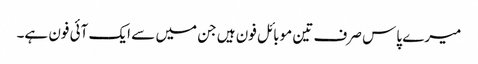
میرے پاس صرف تین موبائل فون ہیں جن میں سے ایک آئی فون ہے۔